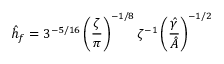
\hat { h } _ { f } = 3 ^ { - 5 / 1 6 } \left( \frac { \zeta } { \pi } \right) ^ { - 1 / 8 } \zeta ^ { - 1 } \left( \frac { \hat { \gamma } } { \hat { A } } \right) ^ { - 1 / 2 }